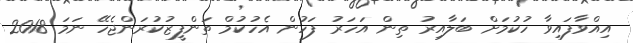
އިއްވާފައިވާ ހުކުމަށް ބަލާއިރު ތިން އަހަރު ފަހުން އެހުކުމް ތަންފީޒުކުރަންޖެހޭ ނަމަ 2018